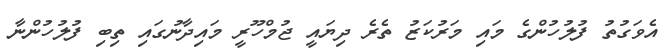
އެވަގުތު ފުލުހުންގެ މައި މަރުކަޒު ތެރެ ދިޔައީ ޖުމްހޫރީ މައިދާނުގައި ތިބި ފުލުހުންނާ